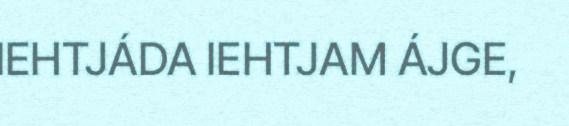
IEHTJÁDA IEHTJAM ÁJGE,